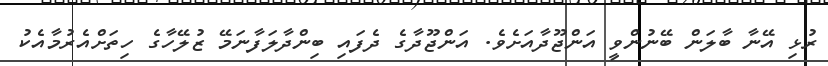
ރުޅި އޭނާ ބާލަން ބޭނުންވީ އަންޖޫދާއަށެވެ. އަންޖޫދާގެ ދެފައި ބިންދާލަފާނަމޭ ޒުލޭހާގެ ހިތަށްއެރުމާއެކު